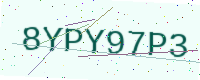
Text: 8YPY97P3